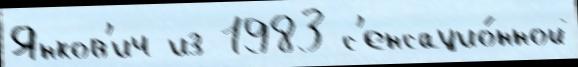
Янков'ич из 1983 с'енсацио́нной